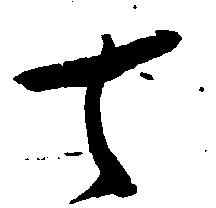
去